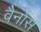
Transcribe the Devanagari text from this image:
वैनोस